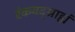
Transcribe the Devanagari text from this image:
रंकवद्ग्राह्यं